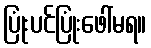
ပြုံးပင်ပြုံးဖေါ်မရ။